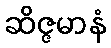
ဆိဇ္ဇမာနံ